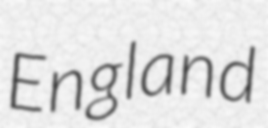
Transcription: England